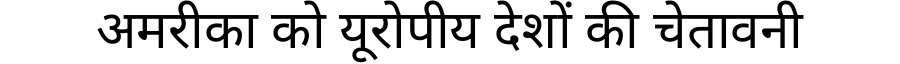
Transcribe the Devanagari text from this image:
अमरीका को यूरोपीय देशों की चेतावनी